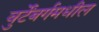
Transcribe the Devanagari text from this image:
वुर्टेंबर्गमधील